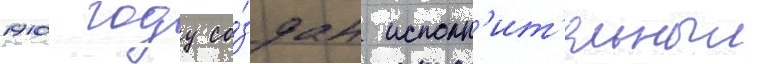
1910 году со́здан исполн'ит'ельныи